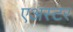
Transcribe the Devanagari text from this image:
एअस्टर